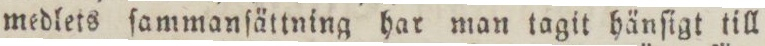
medlets ſammanſättning har man tagit hänſigt till